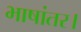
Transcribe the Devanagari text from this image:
भाषांतर।